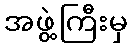
အဖွဲ့ကြီးမှ